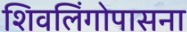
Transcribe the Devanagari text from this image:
शिवलिंगोपासना